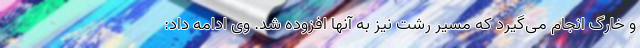
و خارگ انجام می‌گیرد که مسیر رشت نیز به آنها افزوده شد. وی ادامه داد: